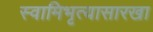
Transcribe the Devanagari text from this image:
स्वामिभृत्यासारखा